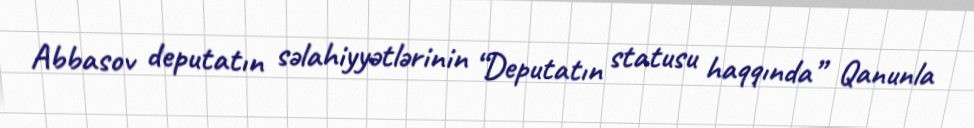
Abbasov deputatın səlahiyyətlərinin “Deputatın statusu haqqında” Qanunla